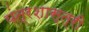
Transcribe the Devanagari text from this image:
यंत्रशास्त्री